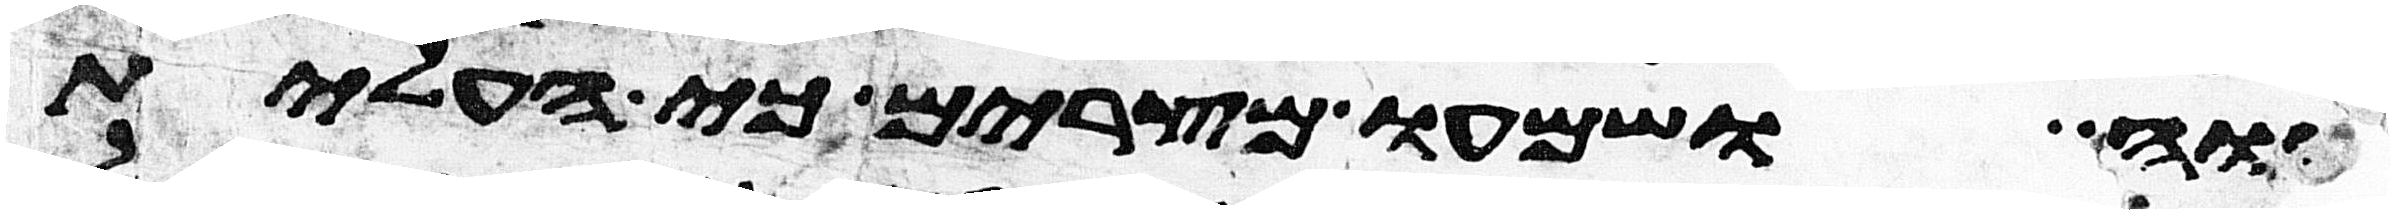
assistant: יהוה ושמעו מצרים כי העלית